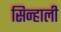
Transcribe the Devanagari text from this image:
सिन्हाली